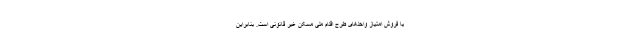
یا فروش امتیاز واحدهای طرح اقدام ملی مسکن غیر قانونی است. بنابراین